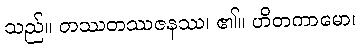
သည်။ တဿတဿဇနဿ၊ ၏။ ဟိတကာမော၊